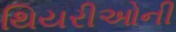
થિયરીઓની